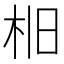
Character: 𣐤